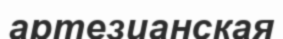
артезианская